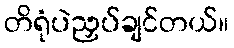
တိရုံပဲညှပ်ချင်တယ်။